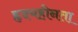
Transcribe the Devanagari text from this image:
हृदयहीनता